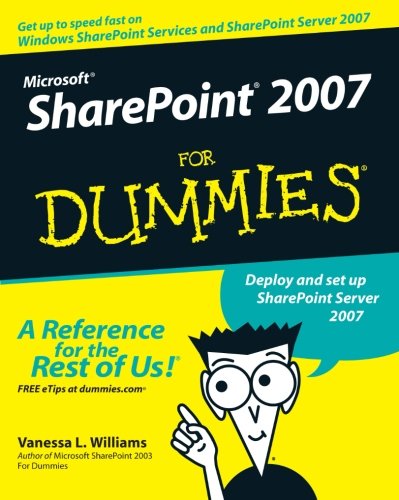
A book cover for Microsoft SharePoint 2007 For Dummies; Vanessa L. Williams; Computers & Technology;